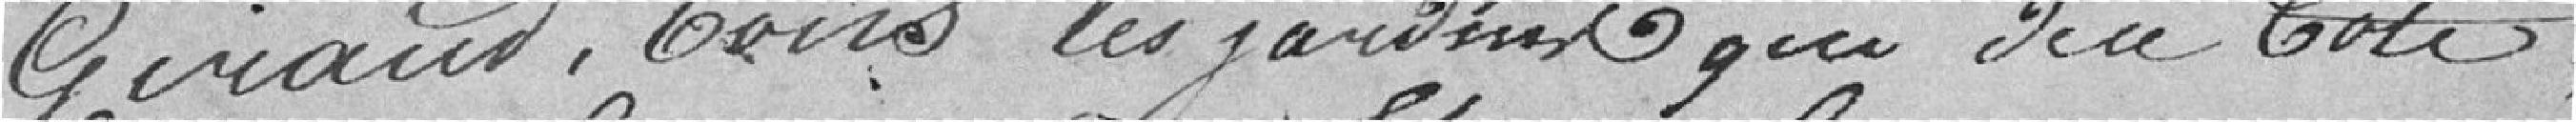
Giroud, tous les jardins qui côtés